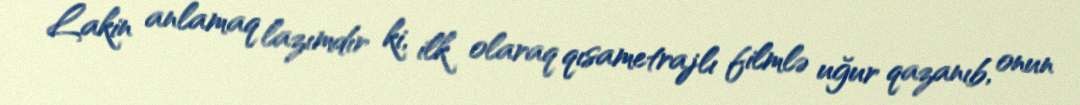
Lakin anlamaq lazımdır ki, ilk olaraq qısametrajlı filmlə uğur qazanıb, onun